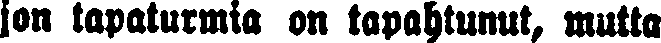
jon tapaturmia on tapahtunut, mutta